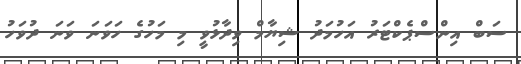
ސަބް އިންސްޕެކްޓަރު އަހުމަދު ޝިޔާމް ވިދާޅުވީ މި މަހުގެ ހަވަނަ ވަނަ ދުވަހު